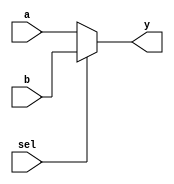
module mux2_32(a,b,sel,y);//2 input 32-bit mux
    input   [31:0]   a ;
    input   [31:0]   b ;
    input            sel ;
    output  [31:0]   y;
    
    reg   [31:0]   y;
    
    always @(*)
       if (sel == 0)
          y <= a ;
       else y <= b ;
endmodule

module mux2_30(a,b,sel,y);//2 input 30-bit mux
    input   [31:2]   a ;
    input   [31:2]   b ;
    input            sel ;
    output  [31:2]   y;
    
    reg   [31:2]   y;
    
    always @(*)
       if (sel == 0)
          y <= a ;
       else y <= b ;
endmodule

module mux3_5(a,b,c,sel,y);   //3 input 5-bit mux
    input   [4:0]   a ;
    input   [4:0]   b ;
    input   [4:0]   c ;
    input   [1:0]   sel ;
    output  [4:0]   y;
    
    reg   [4:0]   y;
    
    always @(*)
       if (sel == 2'b00)
          y <= a ;
       else if (sel == 2'b01)
                y <= b ;
            else y <= c;
endmodule

module mux3_32(a,b,c,sel,y);   //3 input 32-bit mux
    input   [31:0]   a ;
    input   [31:0]   b ;
    input   [31:0]   c ;
    input   [1:0]    sel ;
    output  [31:0]   y;
    
    reg   [31:0]   y;
    
    always @(*)
    begin
       if (sel == 2'b00)
          y <= a ;
       else 
          begin
             if (sel == 2'b01)
                y <= b ;
             else y <= c;
          end
    end
endmodule